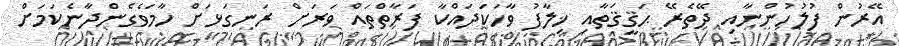
އޭރުން ފުލުހުންނާއި ދޭތެރޭ ޙަޤީޤަތާއި ޚިލާފު ވާހަކަދައްކާ ފަރާތްތައް ވަރަށް ރަނގަޅަށް ހާމަވެގެންދާނެކަމަށް